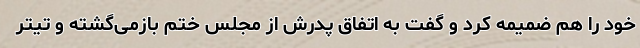
خود را هم ضمیمه کرد و گفت به اتفاق پدرش از مجلس ختم بازمی‌گشته و تیتر